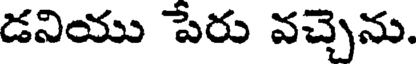
డనియు పేరు వచ్చెను.